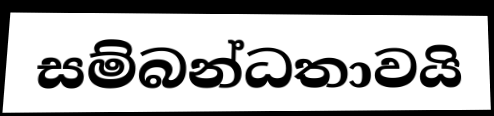
සම්බන්ධතාවයි